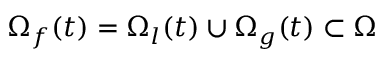
\Omega _ { f } ( t ) = \Omega _ { l } ( t ) \cup \Omega _ { g } ( t ) \subset \Omega